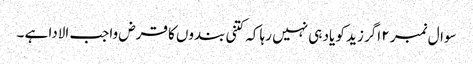
سوال نمبر ۲ اگر زید کو یاد ہی نہیں رہا کہ کتنی بندوں کا قرض واجب الادا ہے ۔